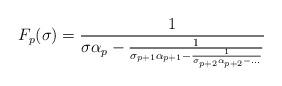
LaTeX: \begin{align*}F_p(\sigma)=\frac{1}{\sigma\alpha_p-\frac{1}{\sigma_{p+1}\alpha_{p+1}-\frac{1}{\sigma_{p+2}\alpha_{p+2}-\dots}}}\end{align*}